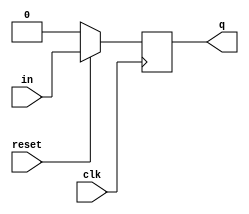
module dff(clk,in,q,reset);
	input clk,in,reset;
	output q;
	reg q;
	always@(posedge clk)
	begin
	if(!reset) q<=1'b0;
	else q<=in;
	end
endmodule

module jkff(in,clk,q);
	input[1:0] in;
	input clk;
	output q;
	reg q;
	initial
		q = 1'b0;
	always@(posedge clk)
	begin
		case(in)
		2'b00:begin q<=q; end
		2'b01:begin q<=1'b0; end
		2'b10:begin q<=1'b1; end
		2'b11:begin q<=~q; end
		endcase
	end
endmodule


module counter(in,q,clk);
	input[1:0] in;
	input clk;
	output[3:0] q;
	wire x,y,z;
	jkff j1(in,clk,q[0]); 
	jkff j2({q[0],q[0]},clk,q[1]);
	and	gate1(y,q[0],q[1]);
	jkff j3({y,y},clk,q[2]);
	and	gate2(z,q[2],y);
	jkff j4({z,z},clk,q[3]);
endmodule

module FSM(clk,rst,in,out);
	input clk,rst,in;
	output out;
	reg[1:0] state;
	reg out;
	
	always @(posedge clk)
	begin
		if(rst) begin
		state<=2'b00;
		out<=0;
		end
		else begin
			case(state)
			2'b00:begin
				if(in) begin
				state <=2'b01;
				out<=1'b0;
				end
				else begin
				state <=2'b00;
				out<=1'b0;
				end
				end
			2'b01:begin
				if(in) begin
				state<=2'b01;
				out<=1'b0;
				end
				else begin
				state<=2'b10;
				out<=1'b0;
				end
				end
			2'b10:begin
				if(in) begin
				state<=2'b11;
				out<=1'b0;
				end
				else begin
				state<=2'b10;
				out<=1'b0;
				end
				end
			2'b11:begin
				if(in) begin
				state<=2'b00;
				out<=1'b1;
				end
				else begin
				state<=2'b10;
				out<=1'b1;
				end
				end
			endcase
			end
		end		
endmodule

module shiftreg(EN, in, CLK, Q,val);
	input EN;
	input in;
	input CLK;
	input[3:0] val;
	output [3:0] Q;
	reg [3:0] Q;
	initial
	begin
	Q=val;
	end
	always @(posedge CLK)
	begin
	Q={in,Q[3:1]};
	end
endmodule
module fa(a,b,cin,sum,cout);
	input a,b,cin;
	output sum,cout;
	assign {cout,sum} = a+b+cin;
endmodule

module serial_adder(a,b,clk,out,c);
	input[3:0] a,b;
	input clk;
	output[3:0] out;
	output c;
	wire[3:0] q1,q2;
	wire cout,cin,s;
	fa f1(q1[0],q2[0],cin,s,cout);
	dff d1(clk,cout,cin,1'b0);
	shiftreg A(1'b1,s,clk,q1,a);
	shiftreg B(1'b1,1'b0,clk,q2,b);
	assign out = q1;
endmodule
module serial_testbench;
	reg[3:0] a,b;
	wire[3:0] out;
	reg clk;
	serial_adder s1(a,b,clk,out,c);
	initial
		begin
			$monitor($time," a=%b b=%b out=%b",a,b,out);
			#0 clk=1'b0;a = 4'b0100;b=4'b1001;
			#50 $finish;
		end
	always
	#5 clk=~clk;
endmodule